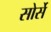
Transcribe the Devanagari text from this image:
सोर्से